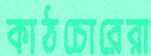
কাঠচোরেরা